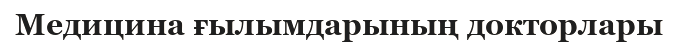
Медицина ғылымдарының докторлары